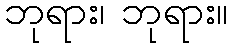
ဘုရား၊ ဘုရား။